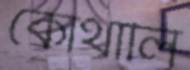
কোঁথালি